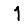
Digit: 1